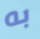
به